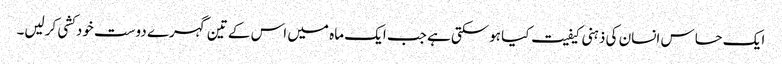
ایک حساس انسان کی ذہنی کیفیت کیا ہوسکتی ہے جب ایک ماہ میں اس کے تین گہرے دوست خودکشی کرلیں۔